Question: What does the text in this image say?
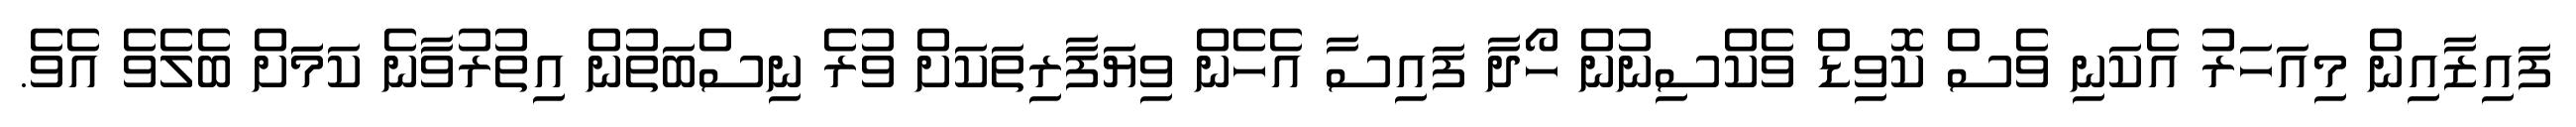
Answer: ފައިޒާއިން މިއަހަރު އެކަނި ވެސް ކޮވިޑް ވެކްސިނުން ހޯދާ ފައިސާ އެހެން ވިޔަފާރިތަކަށް ވުރެ ނިސްބަތުން އިތުރުވާނެ ކަމަަށް ބެލެވެ އެވެ.